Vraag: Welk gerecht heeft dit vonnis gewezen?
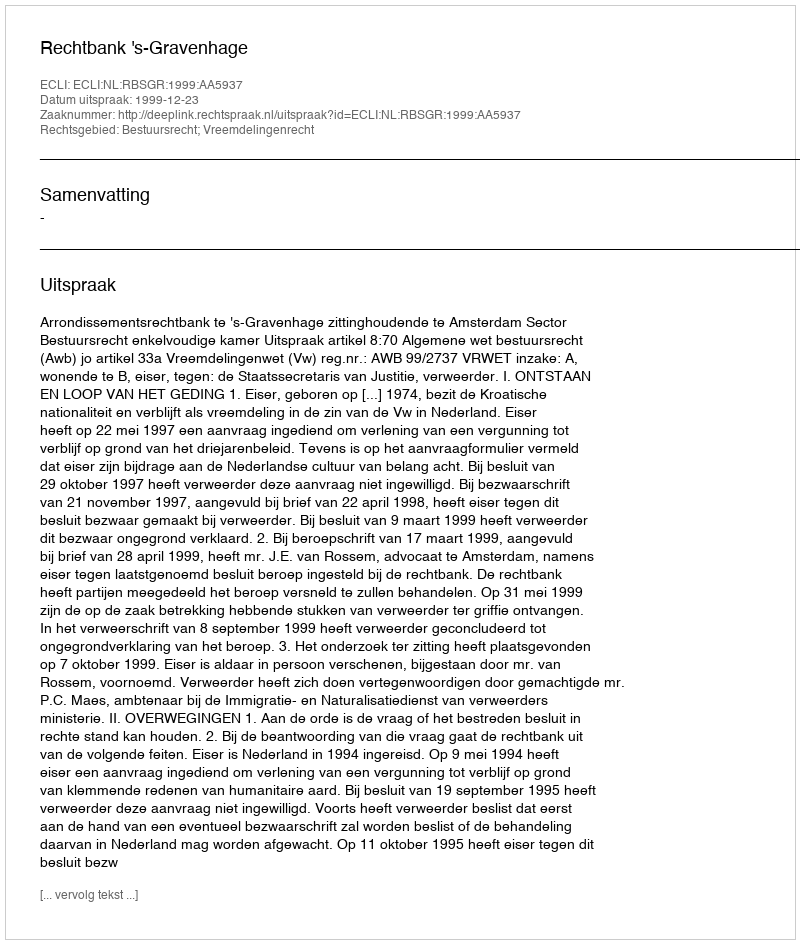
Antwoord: Rechtbank 's-Gravenhage